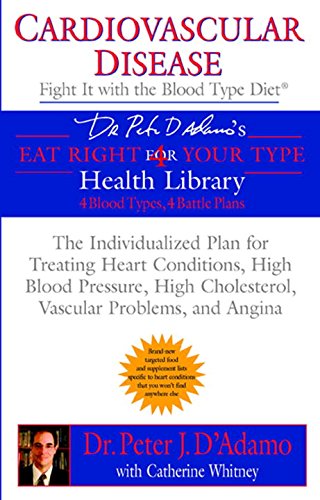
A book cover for Cardiovascular Disease: Fight it with the Blood Type Diet (Eat Right 4 (for) Your Type Health Library); Dr. Peter J. D'Adamo; Health, Fitness & Dieting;